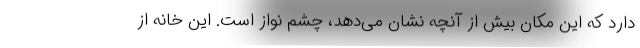
دارد که این مکان بیش از آنچه نشان می‌دهد، چشم نواز است. این خانه از